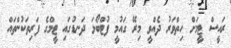
ރައީސް ޓީމަށް ހިތްވަރު ދެއްވީ މިރޭ ގައުމީ ފުޓްބޯޅަ ދަނޑުގައި ޓީމްގެ ފަރިތަކުންތައް